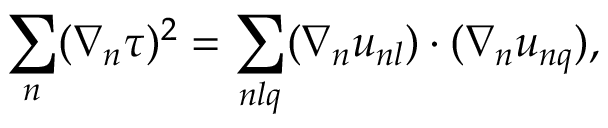
\sum _ { n } ( \nabla _ { n } \tau ) ^ { 2 } = \sum _ { n l q } ( \nabla _ { n } u _ { n l } ) \cdot ( \nabla _ { n } u _ { n q } ) ,